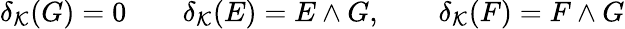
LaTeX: \delta_{{\mathcal K}}(G)=0\qquad\delta_{{\mathcal K}}(E)=E\wedge G,\qquad\delta_{{\mathcal K}}(F)=F\wedge G